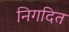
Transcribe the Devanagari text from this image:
निगदित